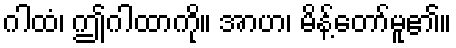
ဂါထံ၊ ဤဂါထာကို။ အာဟ၊ မိန့်တော်မူ၏။